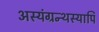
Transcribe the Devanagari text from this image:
अस्यंग्रन्थस्यापि